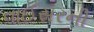
વાઈસરની